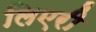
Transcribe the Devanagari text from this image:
लिएरी